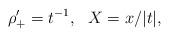
LaTeX: \begin{align*} \rho'_+=t^{-1}, \ \ X=x/|t|,\end{align*}